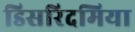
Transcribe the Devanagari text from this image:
डिसरिदमिया